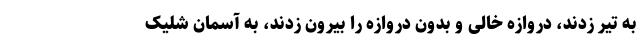
به تیر زدند، دروازه خالی و بدون دروازه را بیرون زدند، به آسمان شلیک